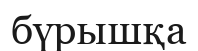
бүрышқа